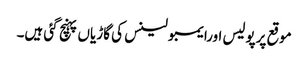
موقع پرپولیس اورایمبولینس کی گاڑیاں پہنچ گئی ہیں۔